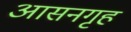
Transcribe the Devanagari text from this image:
आसनगृह